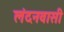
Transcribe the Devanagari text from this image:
लंदनवासी